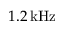
1 . 2 \, \mathrm { k H z }